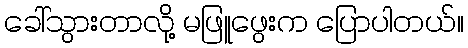
ခေါ်သွားတာလို့ မဖြူဖွေးက ပြောပါတယ်။